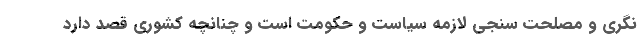
نگری و مصلحت سنجی لازمه سیاست و حکومت است و چنانچه کشوری قصد دارد